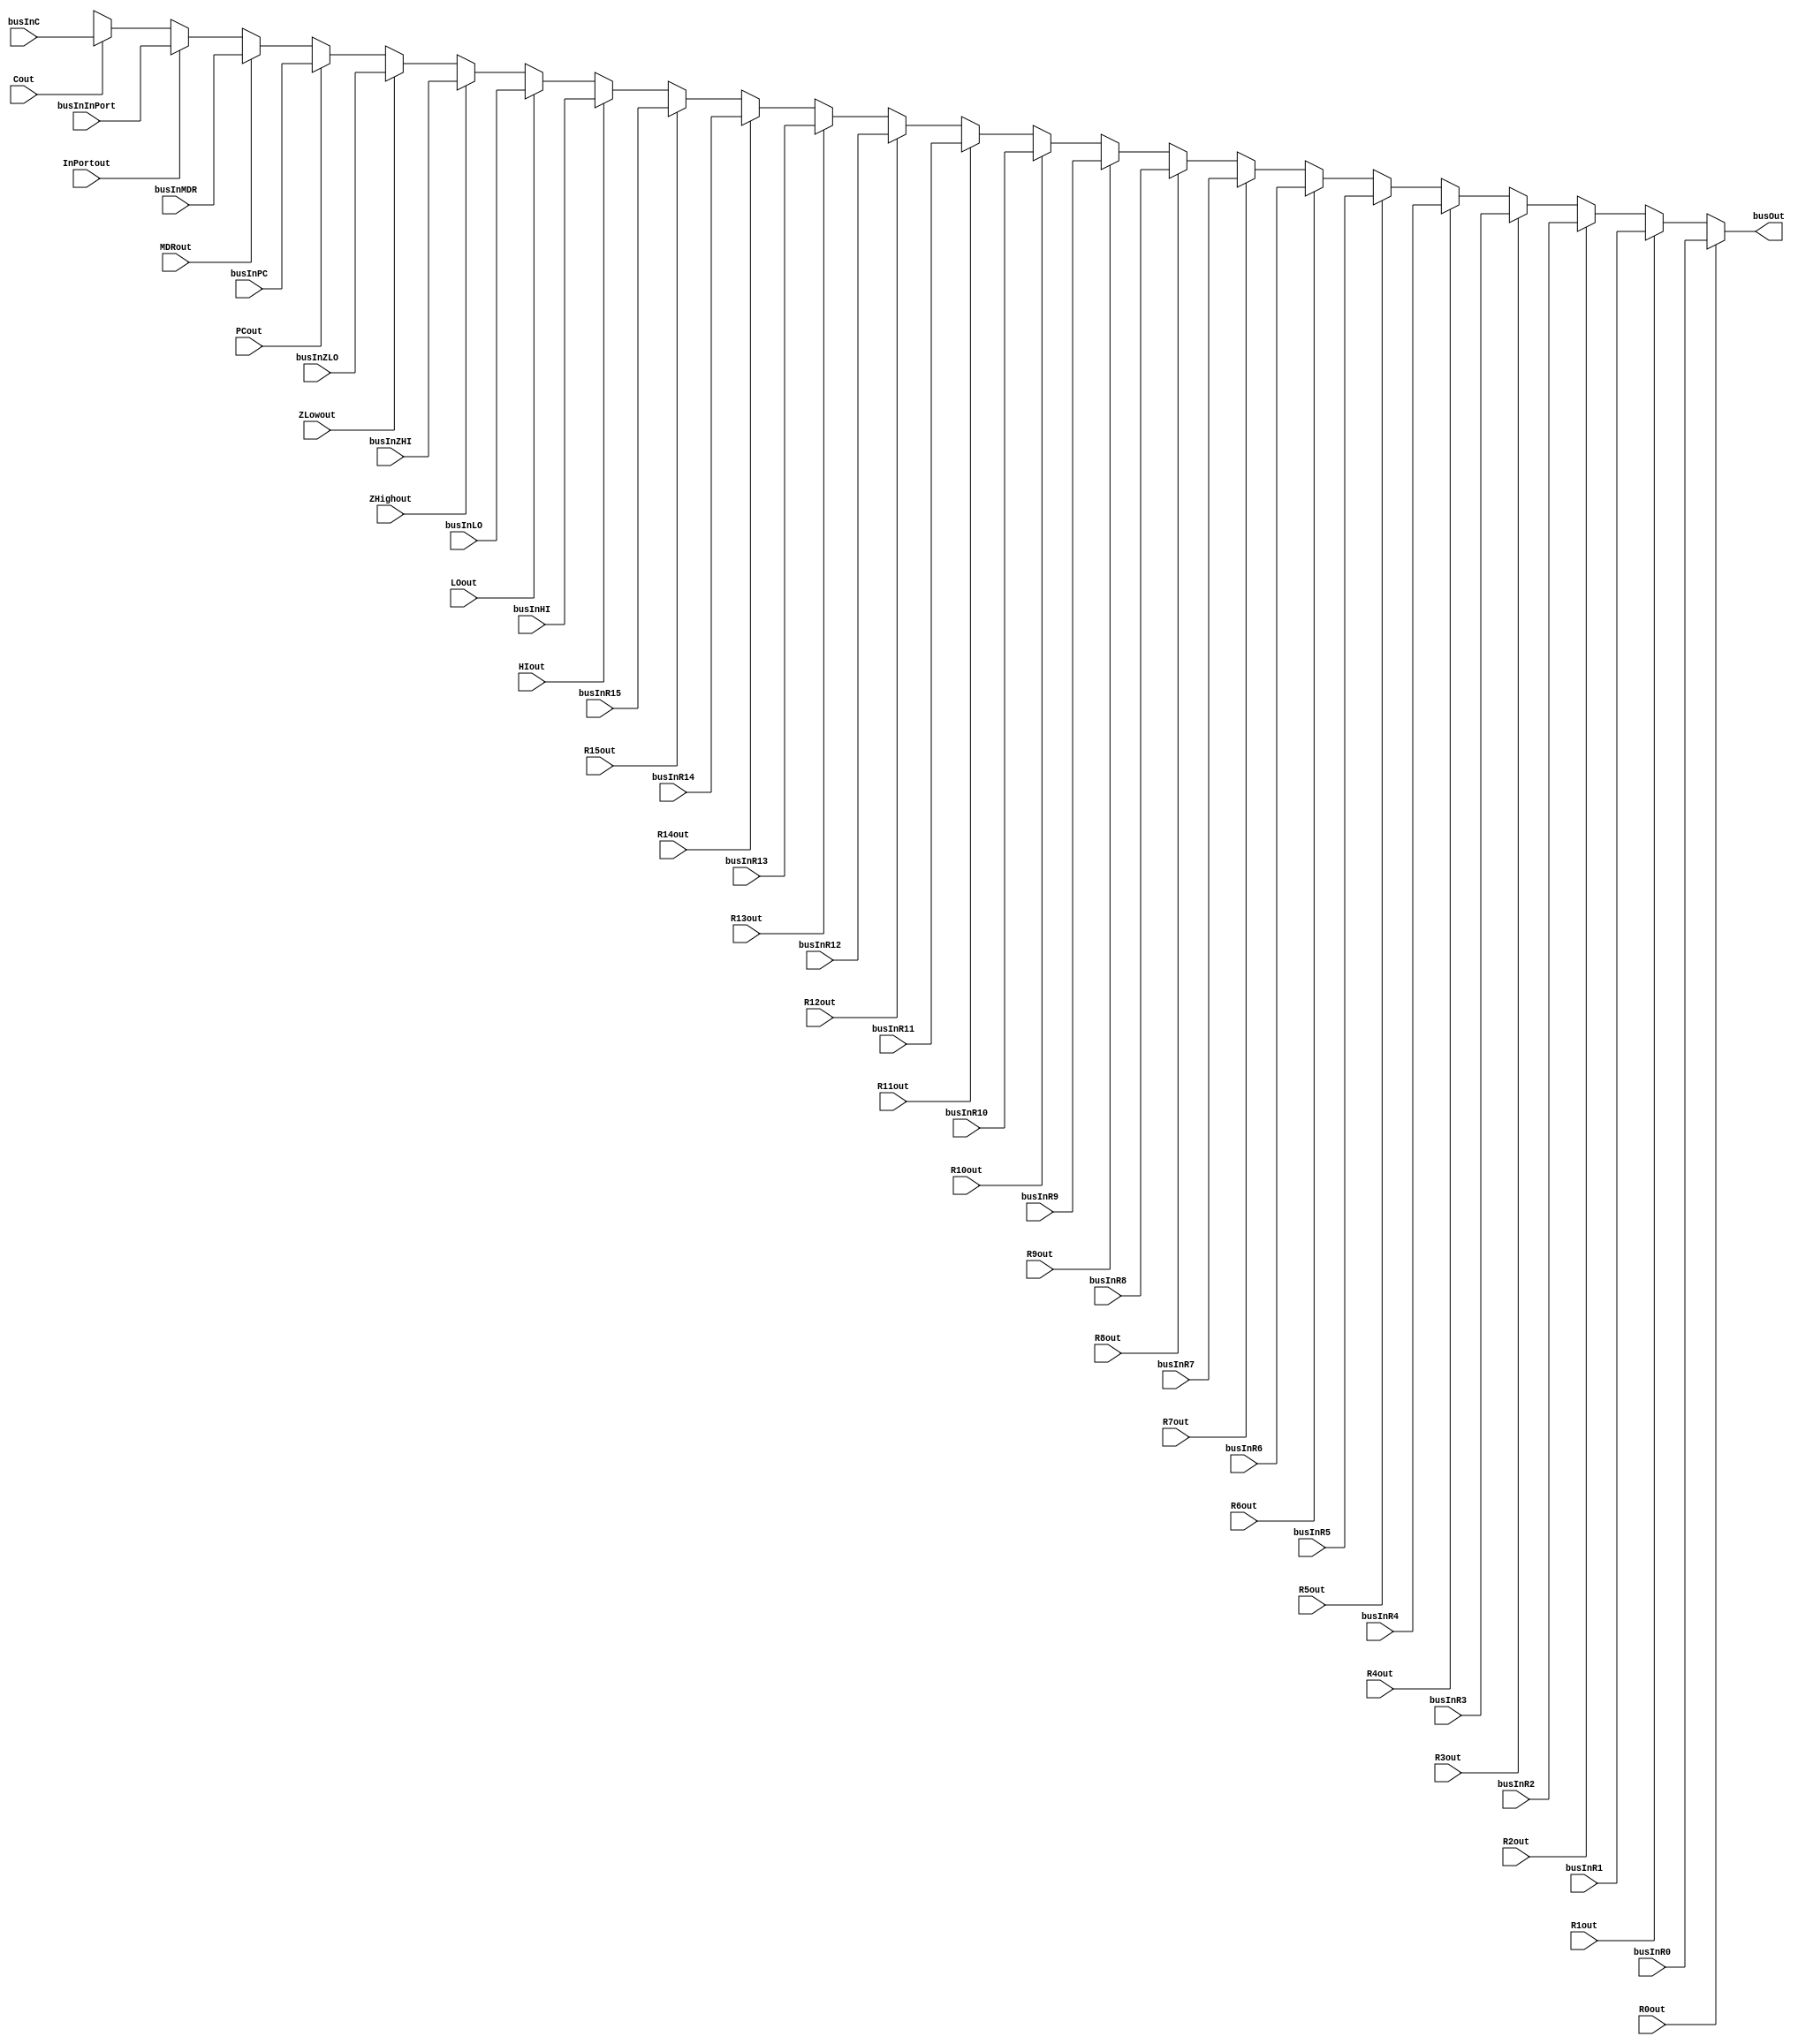

module bus(
	output [31:0] busOut,

	input [31:0] busInR0, busInR1, busInR2, busInR3, busInR4, busInR5, busInR6, busInR7, busInR8, busInR9, busInR10, busInR11, busInR12, busInR13, busInR14, busInR15,
				  busInHI, busInLO, busInZHI, busInZLO, busInPC, busInMDR, busInInPort, busInC,
	input R0out, R1out, R2out, R3out, R4out, R5out, R6out, R7out, R8out, R9out, R10out, R11out, R12out, R13out, R14out, R15out,
	input HIout, LOout, ZHighout, ZLowout, PCout, MDRout, InPortout, Cout
);
	reg [31:0] internalOut;
	assign busOut = internalOut;
	
	always @(R0out, R1out, R2out, R3out, R4out, R5out, R6out, R7out, R8out, R9out, R10out, R11out, R12out, 
				R13out, R14out, R15out, HIout, LOout, ZHighout, ZLowout, PCout, MDRout, InPortout, Cout, 
				busInR0, busInR1, busInR2, busInR3, busInR4, busInR5, busInR6, busInR7, busInR8, busInR9, busInR10, 
				busInR11, busInR12, busInR13, busInR14, busInR15, busInHI, busInLO, busInZHI, busInZLO, busInPC, busInMDR, 
				busInInPort, busInC)
	begin
				if(R0out == 1) internalOut = busInR0; 
				else if(R1out == 1) internalOut = busInR1;
				else if(R2out == 1) internalOut = busInR2;
				else if(R3out == 1) internalOut = busInR3;
				else if(R4out == 1) internalOut = busInR4;
				else if(R5out == 1) internalOut = busInR5;
				else if(R6out == 1) internalOut = busInR6;
				else if(R7out == 1) internalOut = busInR7;
				else if(R8out == 1) internalOut = busInR8;
				else if(R9out == 1) internalOut = busInR9;
				else if(R10out == 1) internalOut = busInR10;
				else if(R11out == 1) internalOut = busInR11;
				else if(R12out == 1) internalOut = busInR12;
				else if(R13out == 1) internalOut = busInR13;
				else if(R14out == 1) internalOut = busInR14;
				else if(R15out == 1) internalOut = busInR15;
				else if(HIout == 1) internalOut = busInHI;
				else if(LOout == 1) internalOut = busInLO;
				else if(ZHighout == 1) internalOut = busInZHI;
				else if(ZLowout == 1) internalOut = busInZLO;
				else if(PCout == 1) internalOut = busInPC;
				else if(MDRout == 1) internalOut = busInMDR;
				else if(InPortout == 1) internalOut = busInInPort;
				else if(Cout == 1) internalOut = busInC;
				else internalOut = 32'bx;
			end
endmodule